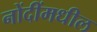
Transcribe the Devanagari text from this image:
नोंदींमधील